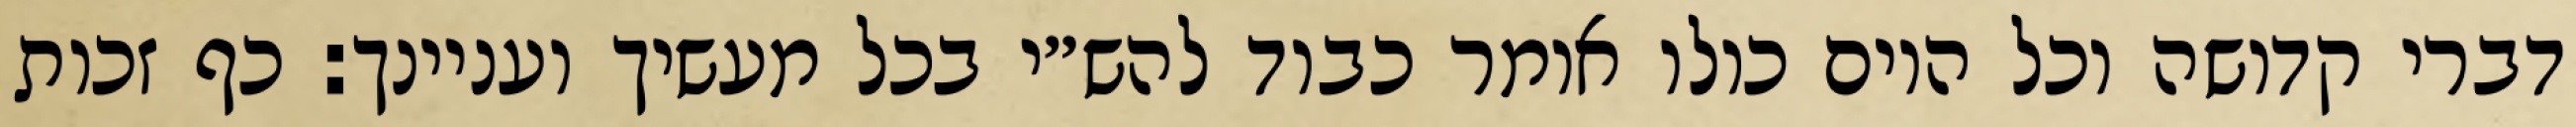
דברי קדושה וכל היום כולו אומר כבוד להש״י בכל מעשיך ועניינך: כף זכות